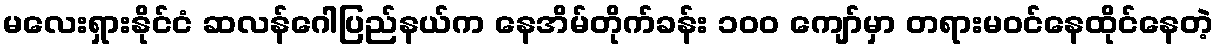
မလေးရှားနိုင်ငံ ဆလန်ဂေါပြည်နယ်က နေအိမ်တိုက်ခန်း ၁၀၀ ကျော်မှာ တရားမဝင်နေထိုင်နေတဲ့